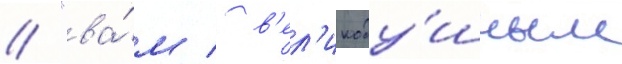
// "ва́м / в'ел'икоду́шным